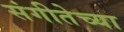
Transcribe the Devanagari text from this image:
संगीतेच्या